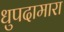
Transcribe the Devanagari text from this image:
धुपदामारा